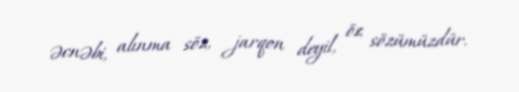
əcnəbi, alınma söz, jarqon deyil, öz sözümüzdür.